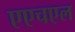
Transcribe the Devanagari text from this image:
एएचएल